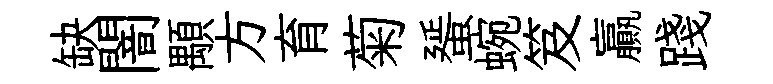
缺闇顒方育菊蜑蜿笈贏踐